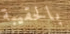
بالحقيبة